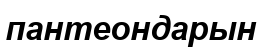
пантеондарын